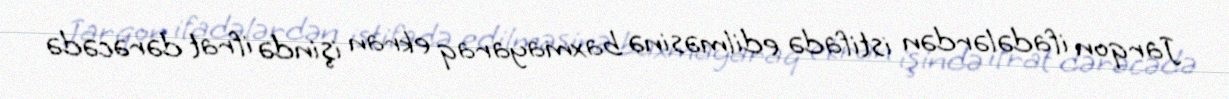
Jarqon ifadələrdən istifadə edilməsinə baxmayaraq ekran işində ifrat dərəcədə